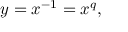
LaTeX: y = x ^ { - 1 } = x ^ { q } ,